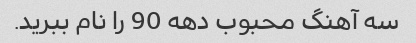
سه آهنگ محبوب دهه 90 را نام ببرید.